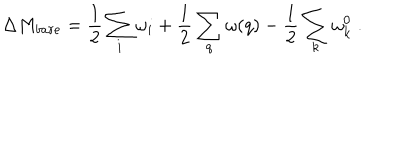
\Delta M _ { b a r e } = \frac { 1 } { 2 } \sum _ { i } \omega _ { i } + \frac { 1 } { 2 } \sum _ { q } \omega ( q ) - \frac { 1 } { 2 } \sum _ { k } \omega _ { k } ^ { 0 } \; .